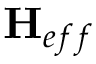
{ \bf { { H } } } _ { { e f f } }